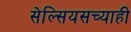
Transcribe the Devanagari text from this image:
सेल्सियसच्याही